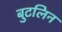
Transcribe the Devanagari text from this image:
बुटलिन